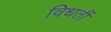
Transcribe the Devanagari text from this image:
विधर्ती